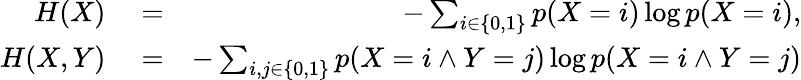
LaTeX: \begin{array}{rlr}{H(X)}&{{}=}&{-\sum_{i\in\{ 0,1\} }p(X=i)\log p(X=i),}\\ {H(X,Y)}&{{}=}&{-\sum_{i,j\in\{ 0,1\} }p(X=i\wedge Y=j)\log p(X=i\wedge Y=j)}\end{array}